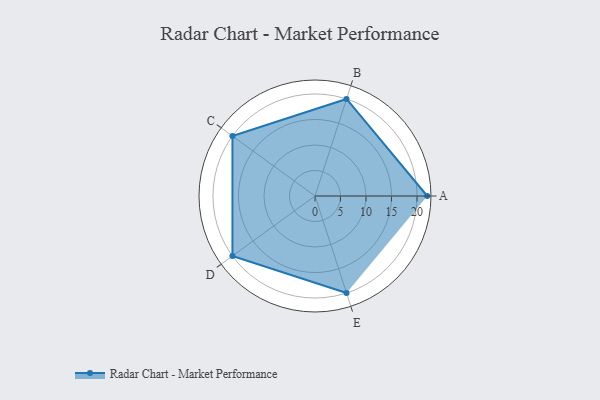
{"axis": {"x": "Skill", "y": "Score"}, "legend": ["Profile"], "data": [{"x": "A", "y": 22.0, "type": "Profile"}, {"x": "B", "y": 20.0, "type": "Profile"}, {"x": "C", "y": 20, "type": "Profile"}, {"x": "D", "y": 20, "type": "Profile"}, {"x": "E", "y": 20, "type": "Profile"}]}